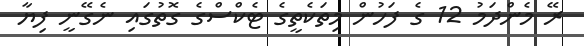
ރޭ މެންދަމު 12 ގެ ފަހުން މިތަކެތީގެ ޓެކްސްގެ ގޮތުގައި ނެގޭނީ ފިޔާ